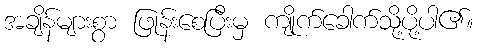
အချိန်များစွာ ဖြုန်းစေပြီးမှ ကျိုက်ခေါက်သို့ပို့ပါ၏။